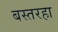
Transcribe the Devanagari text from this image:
बस्तरहा